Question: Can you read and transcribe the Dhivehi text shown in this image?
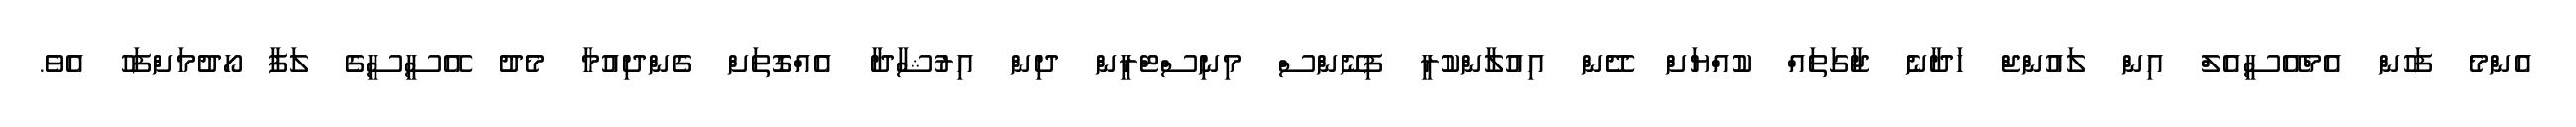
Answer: އެންމެ ފަހުން އެމްއޭސީއެލް އިން ލައުންޖް ހަދާނެ ޖާގަތައް ކުއްޔަށް ދޭން އިއުލާންކުރީ ފިނޭންސް މިނިސްޓްރީން ދިން އިރުޝާދާ އެއްގޮތަށް ގެންދިއުމާ މެދު އޭސީސީގެ ލަފާ ހޯދުމަށްފަހު އެވެ.